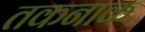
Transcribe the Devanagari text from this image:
तकनाक